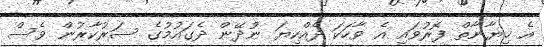
އެ ޚިޔާނާތް ފޮރުވައި އެ ވާހަކަ ދެއްކިޔަ ނުދޭން ދެގައުމުގެ ސަރުކާރުން ވެސް